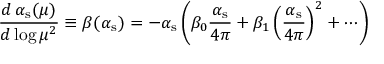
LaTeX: { \frac { d \, \alpha _ { \mathrm { s } } ( \mu ) } { d \log \mu ^ { 2 } } } \equiv \beta ( \alpha _ { \mathrm { s } } ) = - \alpha _ { \mathrm { s } } \left( \beta _ { 0 } { \frac { \alpha _ { \mathrm { s } } } { 4 \pi } } + \beta _ { 1 } \left( { \frac { \alpha _ { \mathrm { s } } } { 4 \pi } } \right) ^ { 2 } + \cdots \right)